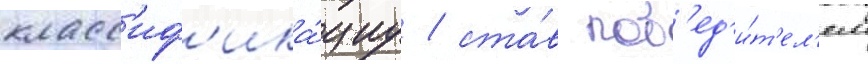
класс'иф'ика́циу / ста́в поб'ед'и́т'ел'ем